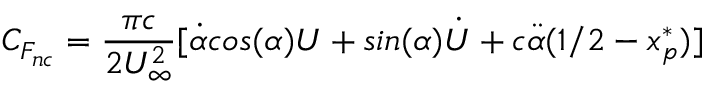
C _ { F _ { n c } } = \frac { \pi c } { 2 U _ { \infty } ^ { 2 } } [ \dot { \alpha } c o s ( \alpha ) U + s i n ( \alpha ) \dot { U } + c \ddot { \alpha } ( 1 / 2 - x _ { p } ^ { * } ) ]